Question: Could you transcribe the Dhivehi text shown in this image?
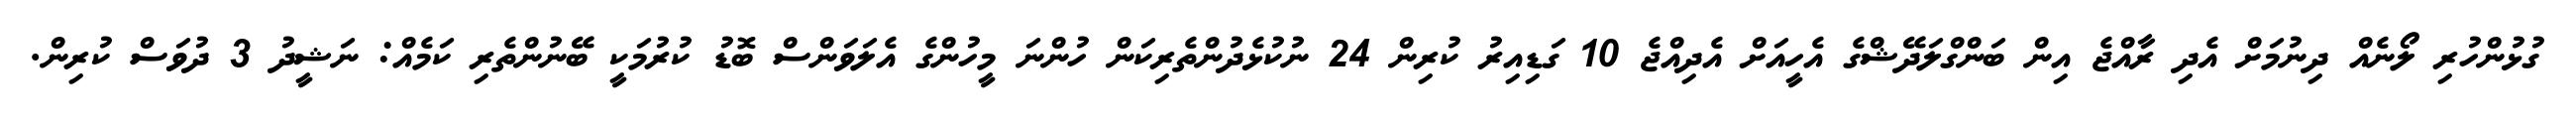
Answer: ގުޅުންހުރި ލޯނެއް ދިނުމަށް އެދި ރާއްޖެ އިން ބަންގްލަދޭޝްގެ އެހީއަށް އެދިއްޖެ 10 ގަޑިއިރު ކުރިން 24 ނުކުޅެދުންތެރިކަން ހުންނަ މީހުންގެ އެލަވަންސް ބޮޑު ކުރުމަކީ ބޭނުންތެރި ކަމެއް: ނަޝީދު 3 ދުވަސް ކުރިން.